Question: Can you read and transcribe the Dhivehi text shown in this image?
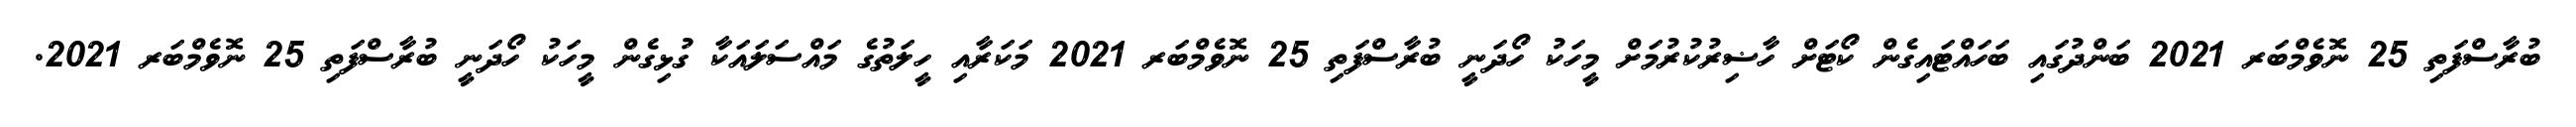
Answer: ބުރާސްފަތި 25 ނޮވެމްބަރ 2021 ބަންދުގައި ބަހައްޓައިގެން ކޯޓަށް ހާޟިރުކުރުމަށް މީހަކު ހޯދަނީ ބުރާސްފަތި 25 ނޮވެމްބަރ 2021 މަކަރާއި ހީލަތުގެ މައްސަލައަކާ ގުޅިގެން މީހަކު ހޯދަނީ ބުރާސްފަތި 25 ނޮވެމްބަރ 2021.